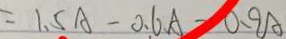
= 1 . 5 A - 0 . 6 A = 0 . 9 A